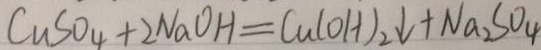
C u S O _ { 4 } + 2 N a O H = C u ( O H ) _ { 2 } \downarrow + N a _ { 2 } S O _ { 4 }